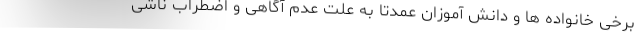
برخی خانواده ها و دانش آموزان عمدتا به علت عدم آگاهی و اضطراب ناشی